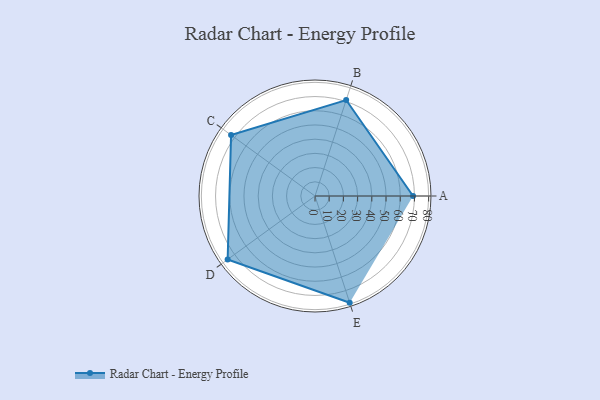
{"axis": {"x": "Skill", "y": "Score"}, "legend": ["Profile"], "data": [{"x": "A", "y": 69.0, "type": "Profile"}, {"x": "B", "y": 71.0, "type": "Profile"}, {"x": "C", "y": 73.0, "type": "Profile"}, {"x": "D", "y": 76.0, "type": "Profile"}, {"x": "E", "y": 79.0, "type": "Profile"}]}